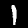
Label: 1